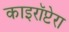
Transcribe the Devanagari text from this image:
काइरॉप्टेरा